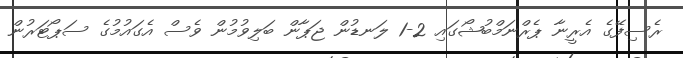
ރެސިފޭގެ އެރީނާ ޕެރްނަމްބުޝޯގައި 2-1 ލަނޑުން ޖަޕާން ބަލިވުމުން ވެސް އެގައުމުގެ ސަޕޯޓަރުން